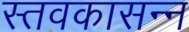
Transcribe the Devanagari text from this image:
स्तवकासन्न